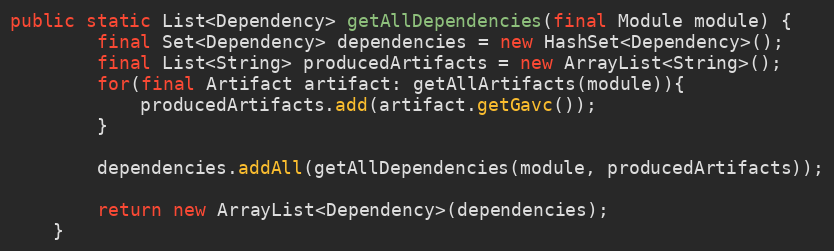
Language: Java
public static List<Dependency> getAllDependencies(final Module module) {
        final Set<Dependency> dependencies = new HashSet<Dependency>();
        final List<String> producedArtifacts = new ArrayList<String>();
        for(final Artifact artifact: getAllArtifacts(module)){
            producedArtifacts.add(artifact.getGavc());
        }

        dependencies.addAll(getAllDependencies(module, producedArtifacts));

        return new ArrayList<Dependency>(dependencies);
    }